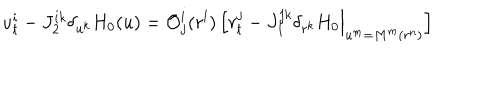
u _ { t } ^ { i } - J _ { 2 } ^ { i k } \delta _ { u ^ { k } } H _ { 0 } ( u ) = { \cal O } _ { j } ^ { i } ( r ^ { l } ) \, \Big [ r _ { t } ^ { j } - J _ { 1 } ^ { j k } \delta _ { r ^ { k } } H _ { 0 } \Big | _ { u ^ { m } = M ^ { m } ( r ^ { n } ) } \Big ]